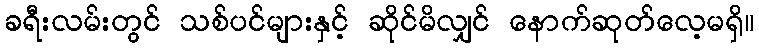
ခရီးလမ်းတွင် သစ်ပင်များနှင့် ဆိုင်မိလျှင် နောက်ဆုတ်လေ့မရှိ။